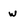
Character: w